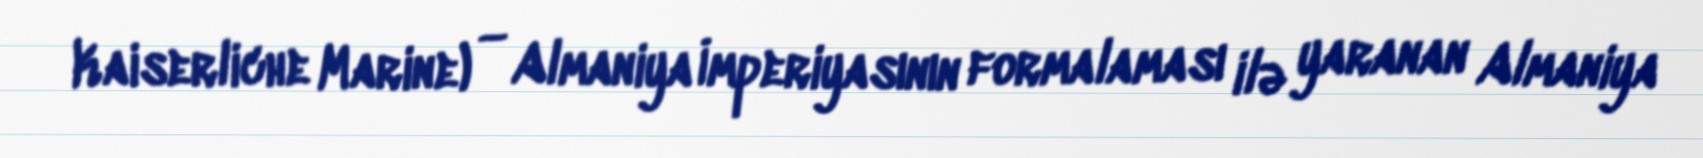
Kaiserliche Marine) — Almaniya İmperiyasının formalaması ilə yaranan Almaniya